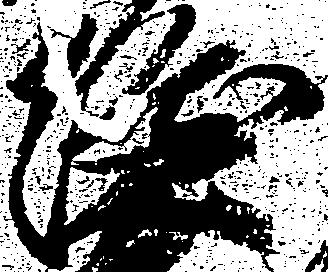
隆